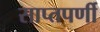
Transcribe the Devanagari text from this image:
साप्तपर्णी